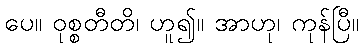
ပေ။ ဝုစ္စတီတိ၊ ဟူ၍။ အာဟု၊ ကုန်ပြီ။